Problem: 9 × 4 = ?
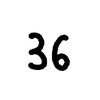
Handwritten answer: 36